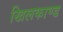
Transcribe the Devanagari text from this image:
खिलकाण्ड